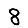
Digit: 8